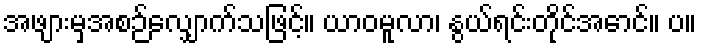
အဖျားမှအစဉ်လျှောက်သဖြင့်။ ယာဝမူလာ၊ နွယ်ရင်းတိုင်အောင်။ ပ။